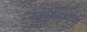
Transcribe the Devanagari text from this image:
सुर्योदयाचे